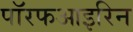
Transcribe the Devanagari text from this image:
पॉरफआइरिन